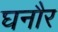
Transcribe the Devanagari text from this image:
घनौर